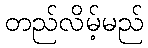
တည်လိမ့်မည်